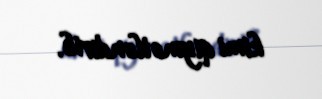
kimi qiymətləndirib.